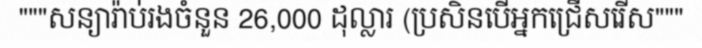
"""សន្យារ៉ាប់រងចំនួន 26,000 ដុល្លារ (ប្រសិនបើអ្នកជ្រើសរើស"""